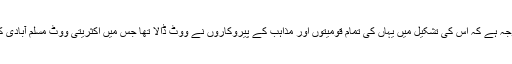
یہی وجہ ہے کہ اس کی تشکیل میں یہاں کی تمام قومیتوں اور مذاہب کے پیروکاروں نے ووٹ ڈالا تھا جس میں اکثریتی ووٹ مسلم آبادی کا تھا۔